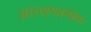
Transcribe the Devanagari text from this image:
आर०ए०एफ०